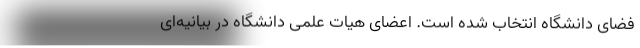
فضای دانشگاه انتخاب شده است. اعضای هیات علمی دانشگاه در بیانیه‌ای